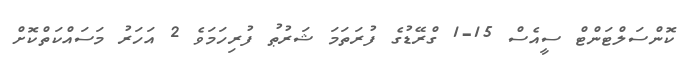
ކޮންސަލްޓަންޓް ސީއެސް 15-1 ގްރޭޑުގެ ފުރަތަމަ ޝަރުޠު ފުރިހަމަވެ 2 އަހަރު މަސައްކަތްކޮށް